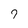
Character: 7